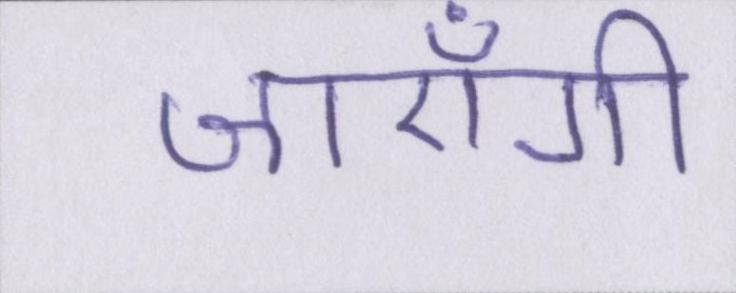
जाएँगी